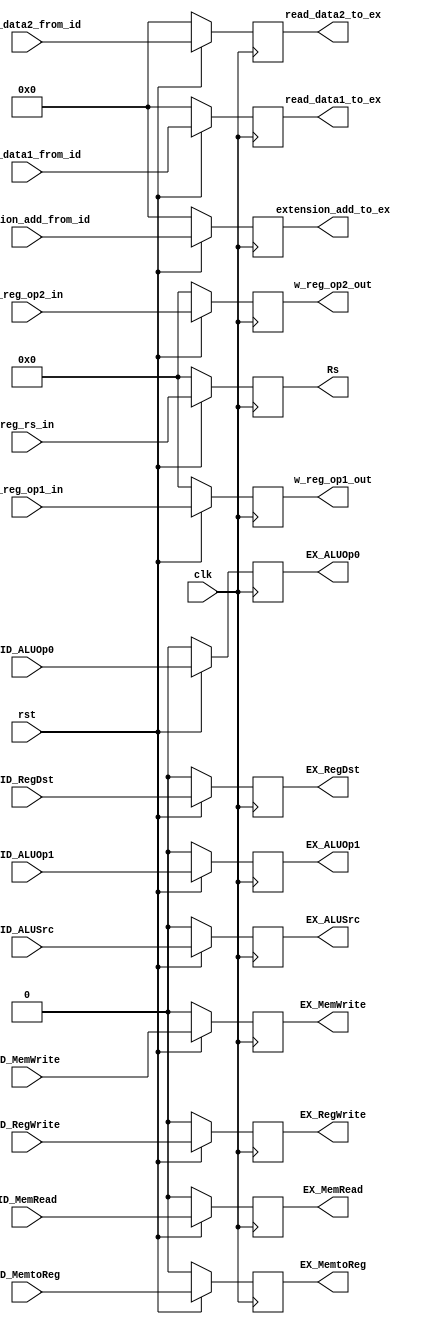
`timescale 1ns / 1ps
//////////////////////////////////////////////////////////////////////////////////
// Company: 
// Engineer: 
// 
// Design Name: 
// Module Name: ID_EX
// Project Name: 
// Target Devices: 
// Tool Versions: 
// Description: 
// 
// Dependencies: 
// 
// Revision:
// Revision 0.01 - File Created
// Additional Comments:
// 
//////////////////////////////////////////////////////////////////////////////////


(* keep_hierarchy = "yes" *) module ID_EX(clk, rst, ID_RegDst, ID_ALUSrc, ID_MemtoReg, ID_RegWrite, ID_MemRead, ID_MemWrite, ID_ALUOp1, ID_ALUOp0, EX_RegDst, EX_ALUSrc, EX_MemtoReg, EX_RegWrite, EX_MemRead, EX_MemWrite, EX_ALUOp1, EX_ALUOp0, 
             read_data1_from_id, read_data2_from_id, extension_add_from_id, w_reg_op1_in, w_reg_op2_in, reg_rs_in, read_data1_to_ex, read_data2_to_ex, extension_add_to_ex, w_reg_op1_out, w_reg_op2_out, Rs);
    input clk, rst;
    input ID_RegDst, ID_ALUSrc, ID_MemtoReg, ID_RegWrite, ID_MemRead, ID_MemWrite, ID_ALUOp1, ID_ALUOp0;
    input [31:0] read_data1_from_id, read_data2_from_id;
    input [31:0] extension_add_from_id;
    input [4:0] w_reg_op1_in, w_reg_op2_in, reg_rs_in;
    output reg [31:0] read_data1_to_ex, read_data2_to_ex;
    output reg [31:0] extension_add_to_ex;
    output reg [4:0] w_reg_op1_out, w_reg_op2_out, Rs;
    output reg EX_RegDst, EX_ALUSrc, EX_MemtoReg, EX_RegWrite, EX_MemRead, EX_MemWrite, EX_ALUOp1, EX_ALUOp0;
    
    always @(posedge clk) begin
        if(rst == 1'b0) begin
            read_data1_to_ex <= 32'b0;
            read_data2_to_ex <= 32'b0;
            extension_add_to_ex <= 32'b0;
            w_reg_op1_out <= 5'b0;
            w_reg_op2_out <= 5'b0;
            Rs <= 5'b0;
            EX_RegDst <= 1'b0; 
            EX_ALUSrc <= 1'b0;
            EX_MemtoReg <= 1'b0; 
            EX_RegWrite <= 1'b0;
            EX_MemRead <= 1'b0; 
            EX_MemWrite <= 1'b0;
            EX_ALUOp1 <= 1'b0;
            EX_ALUOp0 <= 1'b0;
        end else begin
            read_data1_to_ex <= read_data1_from_id;
            read_data2_to_ex <= read_data2_from_id;
            extension_add_to_ex <= extension_add_from_id;
            w_reg_op1_out <= w_reg_op1_in;
            w_reg_op2_out <= w_reg_op2_in;
            Rs <= reg_rs_in;
            EX_RegDst <= ID_RegDst; 
            EX_ALUSrc <= ID_ALUSrc;
            EX_MemtoReg <= ID_MemtoReg; 
            EX_RegWrite <= ID_RegWrite;
            EX_MemRead <= ID_MemRead; 
            EX_MemWrite <= ID_MemWrite;
            EX_ALUOp1 <= ID_ALUOp1;
            EX_ALUOp0 <= ID_ALUOp0;
        end
	end

endmodule